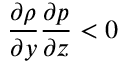
\frac { \partial \rho } { \partial y } \frac { \partial p } { \partial z } < 0